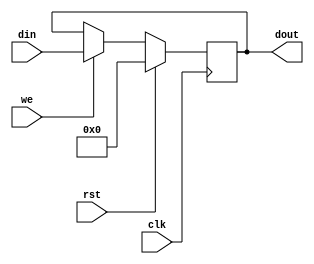
`timescale 1ns / 1ps
//////////////////////////////////////////////////////////////////////////////////
// Company: 
// 
// Design Name: 
// Module Name: register
// Project Name: 
// Target Devices: 
// Tool Versions: 
// Description: 
// 
// Dependencies: 
// 
// Revision:
// Revision 0.01 - File Created
// Additional Comments:
// 
//////////////////////////////////////////////////////////////////////////////////


module register 
    #(parameter WIDTH = 32)
    (
    input [WIDTH-1:0] din,
    input we,
    input rst,
    input clk,
    output reg [WIDTH-1:0] dout
    );
    always @ (posedge clk)
    begin
        if (rst)
        begin
            dout <= 0;
        end
        else if (we)
        begin
            dout <= din;
        end
    end
endmodule